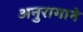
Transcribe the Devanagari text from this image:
अनुरागाने